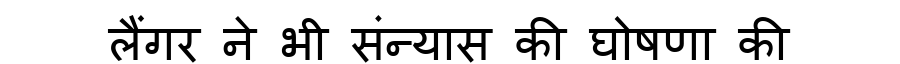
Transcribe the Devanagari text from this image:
लैंगर ने भी संन्यास की घोषणा की